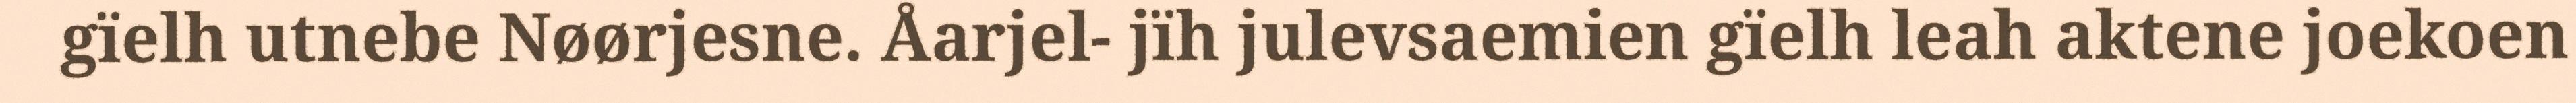
gïelh utnebe Nøørjesne. Åarjel- jïh julevsaemien gïelh leah aktene joekoen